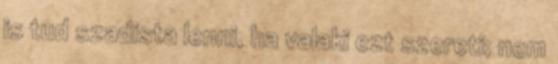
is tud szadista lenni, ha valaki ezt szereti; nem